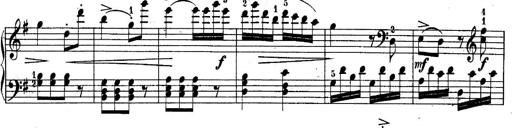
Title: 10 Sonatines progressives
Composer: Anton Schmoll